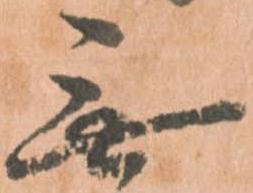
無